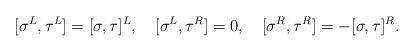
LaTeX: \begin{align*} [\sigma^L,\tau^L]=[\sigma,\tau]^L,\ \ \ [\sigma^L,\tau^R]=0,\ \ \ [\sigma^R,\tau^R]=-[\sigma,\tau]^R.\end{align*}